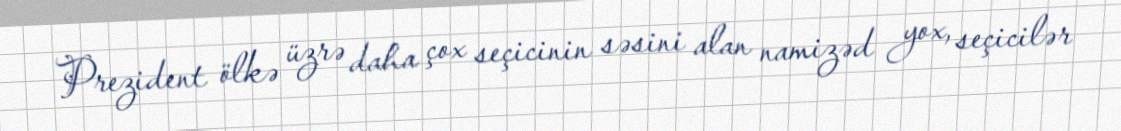
Prezident ölkə üzrə daha çox seçicinin səsini alan namizəd yox, seçicilər